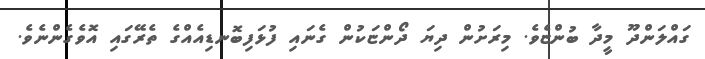
ގައްލަންދޫ މީދާ ބުންޏެވެ. މިރަށުން ދިޔަ ދޯންޏަކުން ގެނައި ފުޅަފިބޮނޑިއެއްގެ ތެރޭގައި އޮވެގެންނެވެ.